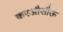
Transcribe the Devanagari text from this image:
करऔसौऊ